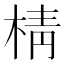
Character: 棈